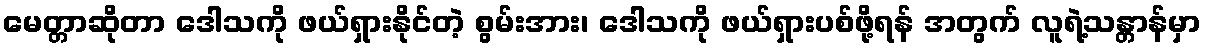
မေတ္တာဆိုတာ ဒေါသကို ဖယ်ရှားနိုင်တဲ့ စွမ်းအား၊ ဒေါသကို ဖယ်ရှားပစ်ဖို့ရန် အတွက် လူရဲ့သန္တာန်မှာ